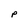
Character: p